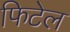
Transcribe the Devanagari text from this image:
फिटेल